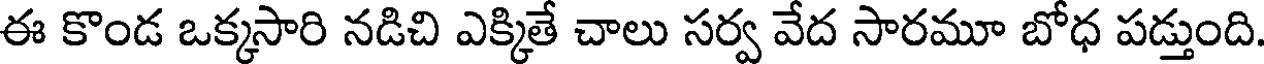
ఈ కొండ ఒక్కసారి నడిచి ఎక్కితే చాలు సర్వ వేద సారమూ బోధ పడ్తుంది